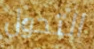
التحول